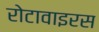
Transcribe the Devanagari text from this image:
रोटावाइरस